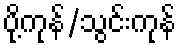
ပို့ကုန်/သွင်းကုန်